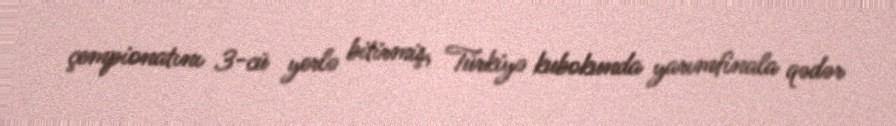
çempionatını 3-cü yerlə bitirmiş, Türkiyə kubokunda yarımfinala qədər